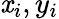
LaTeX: \mathit{x}_{i},y_{i}